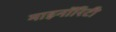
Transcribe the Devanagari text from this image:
माइनॉरिटी